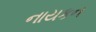
નાયકન